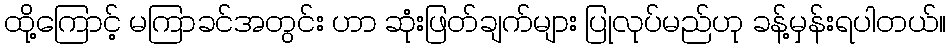
ထို့ကြောင့် မကြာခင်အတွင်း ဟာ ဆုံးဖြတ်ချက်များ ပြုလုပ်မည်ဟု ခန့်မှန်းရပါတယ်။